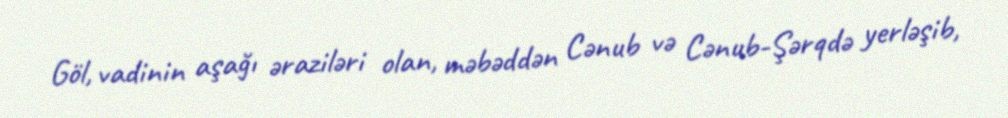
Göl, vadinin aşağı əraziləri olan, məbəddən Cənub və Cənub-Şərqdə yerləşib,